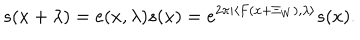
s ( x + \lambda ) = e ( x , \lambda ) s ( x ) = e ^ { 2 \pi i \langle F ( x + \Xi _ { W } ) , \lambda \rangle } s ( x ) .